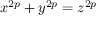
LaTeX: x ^ { 2 p } + y ^ { 2 p } = z ^ { 2 p }